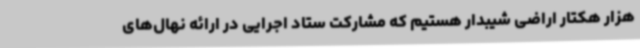
هزار هکتار اراضی شیبدار هستیم که مشارکت ستاد اجرایی در ارائه نهال‌های